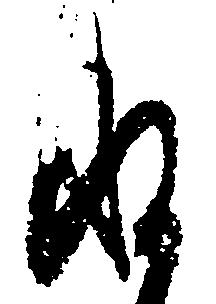
ね